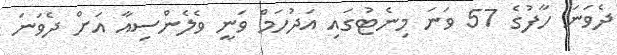
ދެވަނަ ހާފުގެ 57 ވަނަ މިނެޓުގައި އަދުހަމް ވަނީ ވެލެންސިއާ އަށް ދެވަނަ